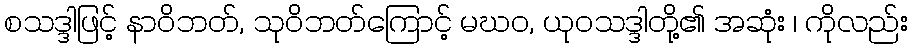
စသဒ္ဒါဖြင့် နာဝိဘတ်, သုဝိဘတ်ကြောင့် မဃဝ, ယုဝသဒ္ဒါတို့၏ အဆုံး ၊ ကိုလည်း